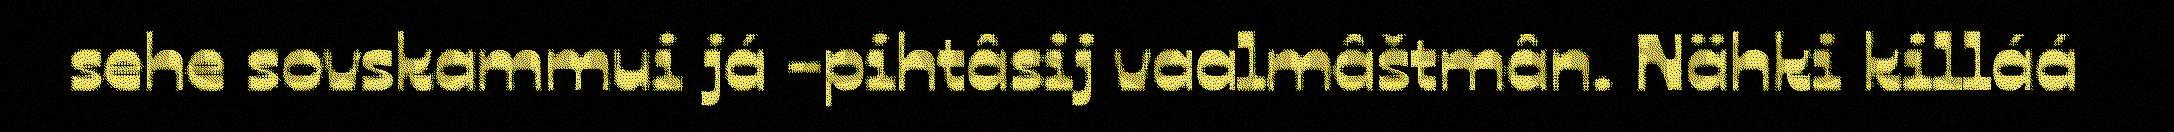
sehe sovskammui já -pihtâsij vaalmâštmân. Nähki killáá